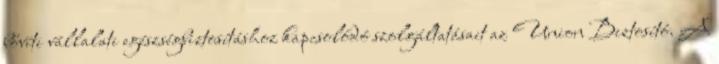
bővíti vállalati egészségbiztosításhoz kapcsolódó szolgáltatásait az Union Biztosító. A